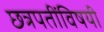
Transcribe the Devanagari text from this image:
छत्रपतींविषयी